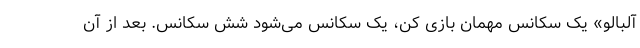
آلبالو» یک سکانس مهمان بازی کن، یک سکانس می‌شود شش سکانس. بعد از آن